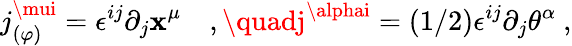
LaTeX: j_{(\varphi)}^{\mui}=\epsilon^{ij}\partial_{j}\mathbf{x}^{\mu}\quad,\quadj^{\alphai}=(1/2)\epsilon^{ij}\partial_{j}\theta^{\alpha}\ ,